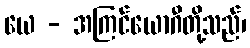
ယေ - အကြင်ယောဂီတို့သည်၊